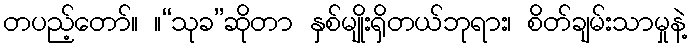
တပည့်တော်။ ။“သုခ”ဆိုတာ နှစ်မျိုးရှိတယ်ဘုရား၊ စိတ်ချမ်းသာမှုနဲ့